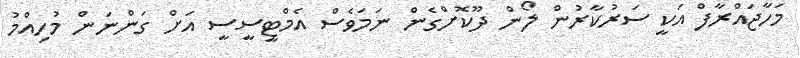
މަހާޖައްރާފް އަކީ ސަރުކާރުން ލޯން ދޫކޮށްގެން ނަމަވެސް އެމްޓީސީސީ އަށް ގަންނަން މުހިއްމު